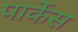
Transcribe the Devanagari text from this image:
पार्केस